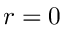
r = 0